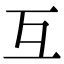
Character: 互